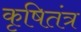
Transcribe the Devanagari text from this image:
कृषितंत्र